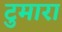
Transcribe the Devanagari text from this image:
टुमारा